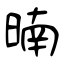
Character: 暔